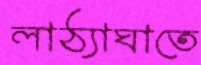
লাঠ্যাঘাতে